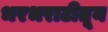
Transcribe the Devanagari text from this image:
भरभराटीतून